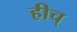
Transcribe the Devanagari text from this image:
हीच्